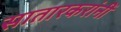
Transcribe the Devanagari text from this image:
सातारकरांनीं